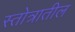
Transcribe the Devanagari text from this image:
स्तोत्रातील